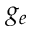
g _ { e }